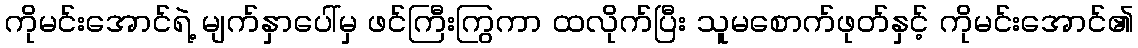
ကိုမင်းအောင်ရဲ့ မျက်နှာပေါ်မှ ဖင်ကြီးကြွကာ ထလိုက်ပြီး သူမစောက်ဖုတ်နှင့် ကိုမင်းအောင်၏